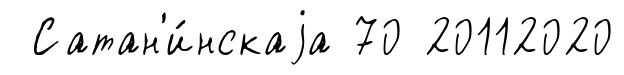
Сатан'и́нскаjа 70 20112020